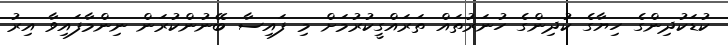
ކުޑަކުދިންގެ ހިޔާގެ ކުދިންގެ ހުނަރުތައް ތަރައްގީކުރުމަށް މި ފައިސާ ބޭނުންކުރަން ނިންމާފައިވާ އިރު